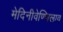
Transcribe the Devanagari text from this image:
मेदिनीवेण्णिलाव